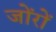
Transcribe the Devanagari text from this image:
जोंरों